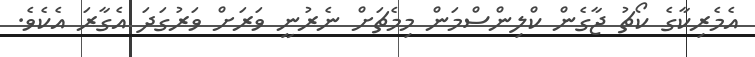
އެމެރިކާގެ ކޯޗު ޖާގެން ކްލިންސްމަން މިމެޗަށް ނެރުނީ ވަރަށް ވަރުގަދަ އެގާރަ އެކެވެ.